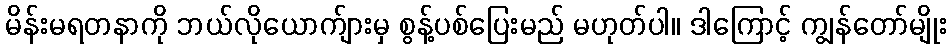
မိန်းမရတနာကို ဘယ်လိုယောက်ျားမှ စွန့်ပစ်ပြေးမည် မဟုတ်ပါ။ ဒါကြောင့် ကျွန်တော်မျိုး